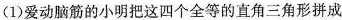
(1)爱动脑筋的小明把这四个全等的直角三角形拼成